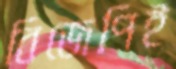
বিজেপিই